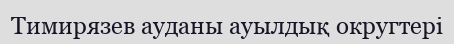
Тимирязев ауданы ауылдық округтері